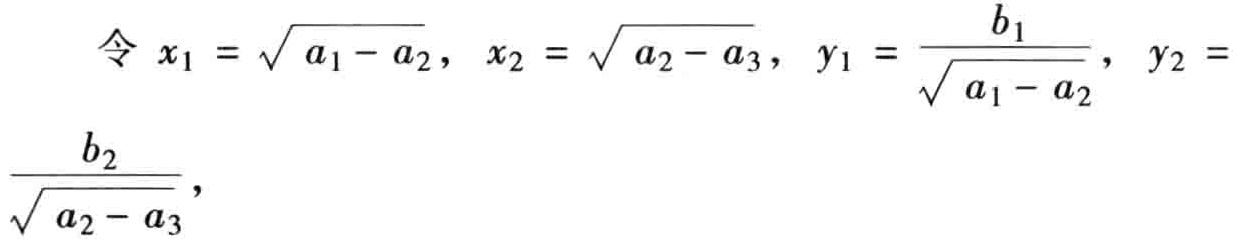
令 \(x_1 = \sqrt{a_1 - a_2}\)，\(x_2 = \sqrt{a_2 - a_3}\)，\(y_1 = \frac{b_1}{\sqrt{a_1 - a_2}}\)，\(y_2 = \frac{b_2}{\sqrt{a_2 - a_3}}\)，